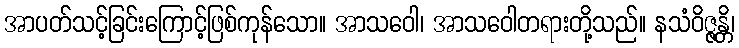
အာပတ်သင့်ခြင်းကြောင့်ဖြစ်ကုန်သော။ အာသဝေါ၊ အာသဝေါတရားတို့သည်။ နသံဝိဇ္ဇန္တိ၊